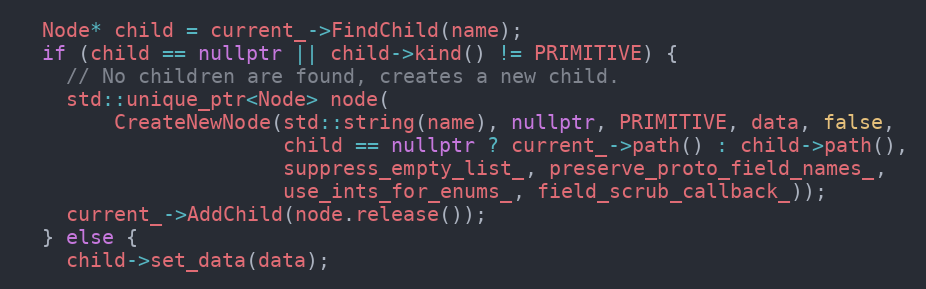
Language: C++
  Node* child = current_->FindChild(name);
  if (child == nullptr || child->kind() != PRIMITIVE) {
    // No children are found, creates a new child.
    std::unique_ptr<Node> node(
        CreateNewNode(std::string(name), nullptr, PRIMITIVE, data, false,
                      child == nullptr ? current_->path() : child->path(),
                      suppress_empty_list_, preserve_proto_field_names_,
                      use_ints_for_enums_, field_scrub_callback_));
    current_->AddChild(node.release());
  } else {
    child->set_data(data);